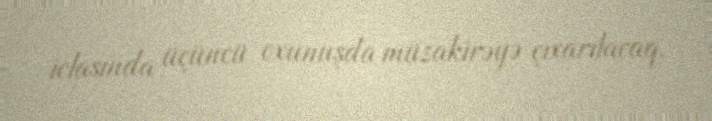
iclasında üçüncü oxunuşda müzakirəyə çıxarılacaq.